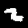
Digit: 2